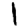
Digit: 1